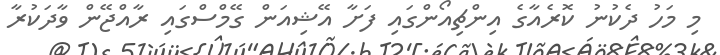
މި މަހު ދެކުނު ކޮރެއާގެ އިންޗިއޯންގައި ފަށާ އޭޝިއަން ގޭމްސްގައި ރާއްޖޭން ވާދަކުރާ